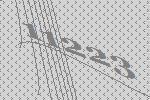
11223